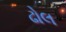
ઢોલ